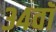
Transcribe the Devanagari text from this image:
३४वॉ